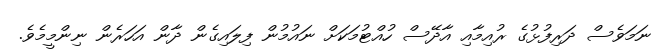
ނަމަވެސް ދަރިފުޅުގެ ރުއިމާއި އާދޭސް ހުއްޓުމަކަށް ނައުމުން ފިލައިގެން ދާން އަހަރެން ނިންމީމެވެ.